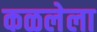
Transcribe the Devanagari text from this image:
कळलेला